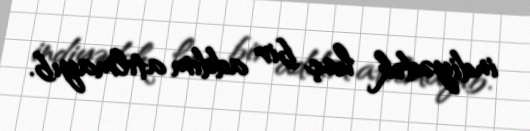
indiyədək heç bir addım atılmayıb.